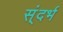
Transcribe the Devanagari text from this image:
स्ंदर्भ